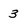
Character: 3